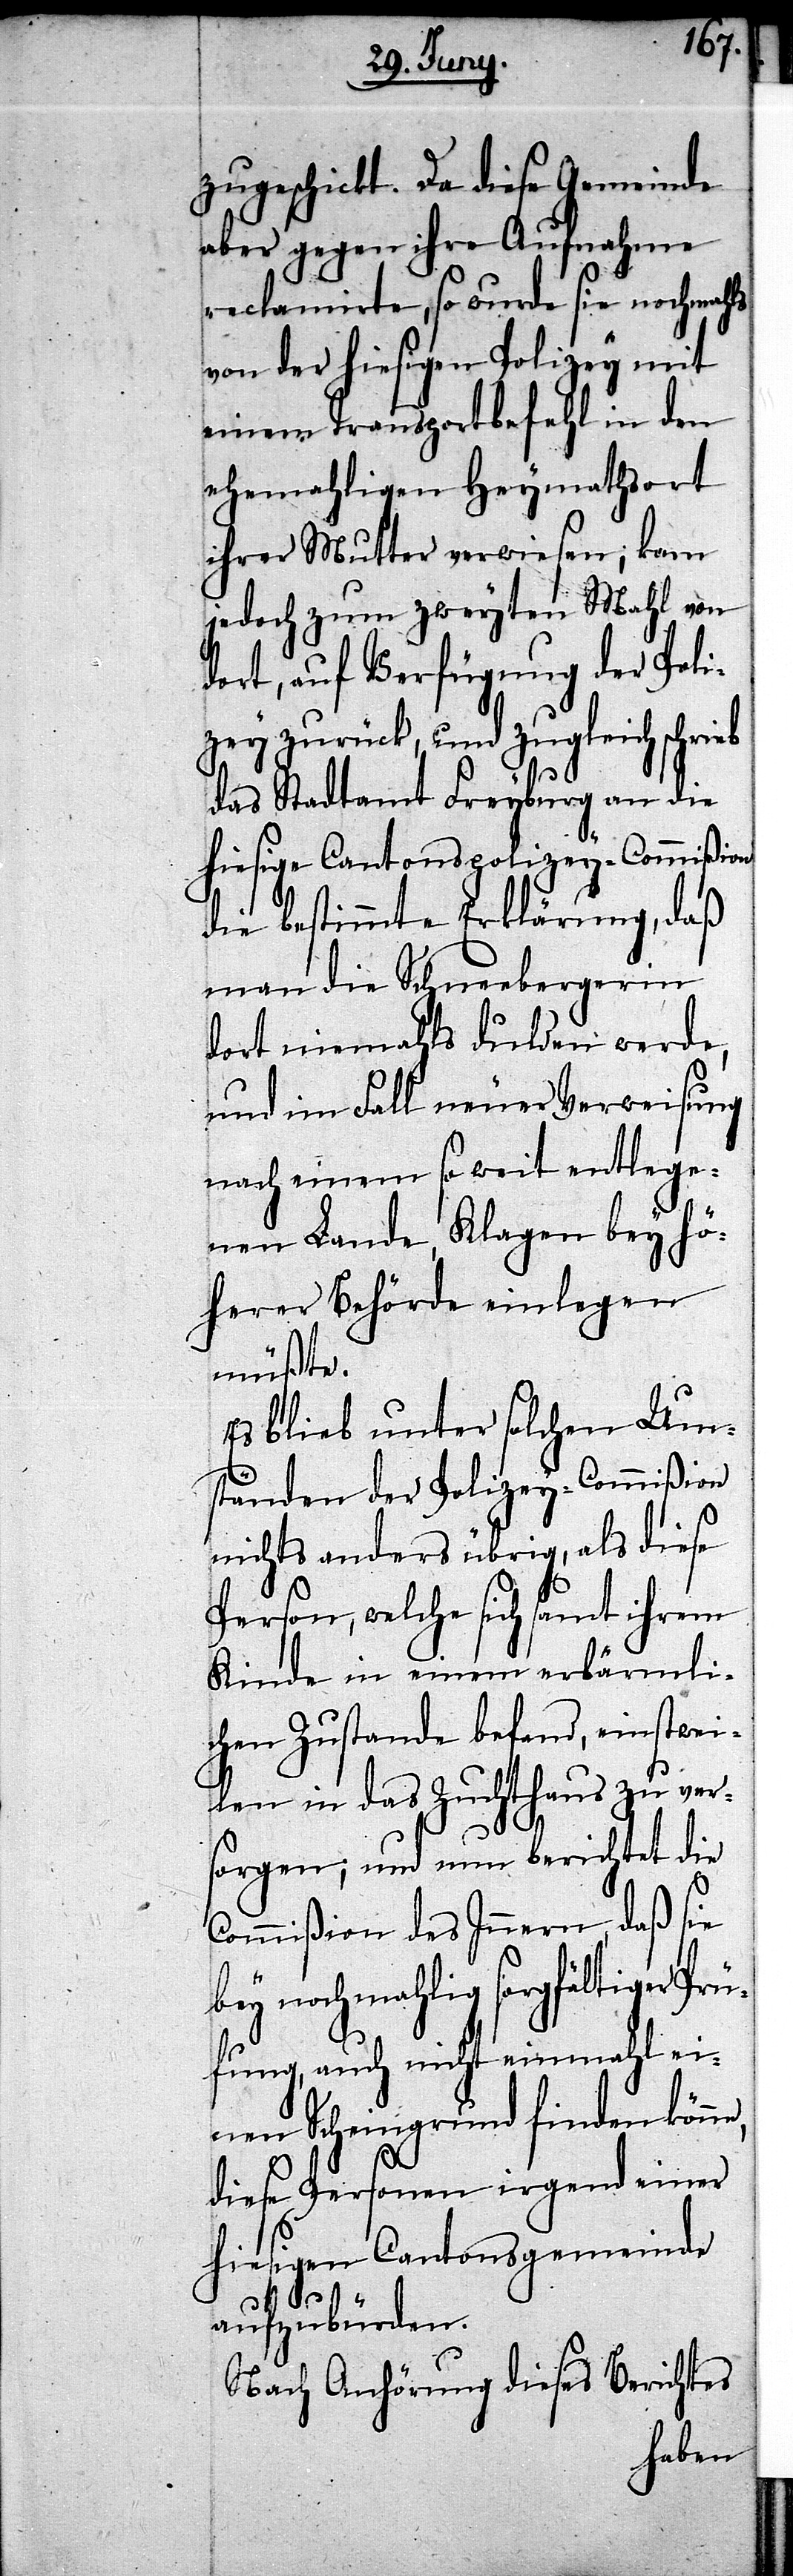
zugeschickt. Da diese Gemeinde
aber gegen ihre Aufnahme
reclamirte, so wurde sie nochmahls
von der hiesigen Polizey mit
einem Transportbefehl in den
ehemahligen Heymathsort
ihrer Mutter verwiesen; kam
jedoch zum zweyten Mahl von
dort, auf Verfügung der Poli¬
zey zurück, und zugleich schrieb
das Stadtamt Freyburg an die
hiesige Cantonspolizey-Commißion
die bestimmte Erklärung, daß
man die Schneebergerin
dort niemahls dulden werde,
und im Fall neuer Verweisung
nach einem so weit entlege¬
nen Lande, Klagen bey hö¬
herer Behörde einlegen
müßte.
Es blieb unter solchen Um¬
ständen der Polizey-Commißion
nichts anders übrig, als diese
Person, welche sich samt ihrem
Kinde in einem erbärmli¬
chen Zustande befand, einstwei¬
len in das Zuchthaus zu ver¬
sorgen; und nun berichtet die
Commißion des Innern, daß sie
bey nochmahlig sorgfältiger Prü¬
fung, auch nicht einmahl ei¬
nen Scheingrund finden kön¬
diese Person irgend einer
hiesigen Cantonsgemeinde
aufzubürden.
Nach Anhörung dieses Berichtes
ne,